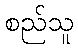
စည်သူ